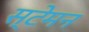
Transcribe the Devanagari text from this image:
स्टेमन